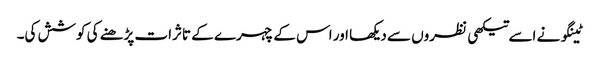
ٹینگو نے اسے تیکھی نظروں سے دیکھا اور اس کے چہرے کے تاثرات پڑھنے کی کوشش کی۔